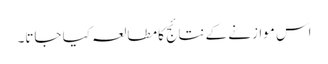
اس موازنے کے نتائج کا مطالعہ کیا جاتا۔